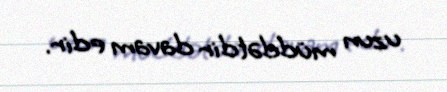
uzun müddətdir davam edir.